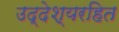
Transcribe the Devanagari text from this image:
उद्देश्यरहित